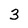
Character: 3